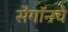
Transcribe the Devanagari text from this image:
सैगॉनचे